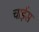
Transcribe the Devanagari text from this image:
चाईस